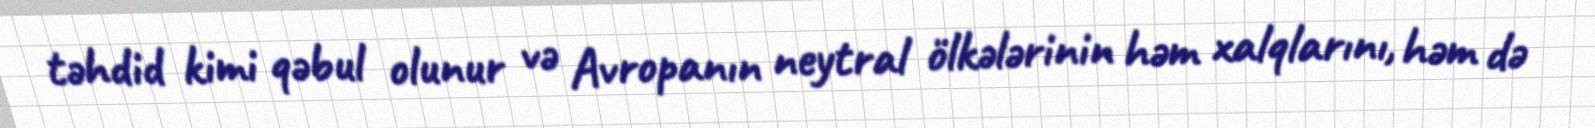
təhdid kimi qəbul olunur və Avropanın neytral ölkələrinin həm xalqlarını, həm də